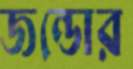
জন্ডোর